V__Kingissepa_nim__kolhoos, lk 65
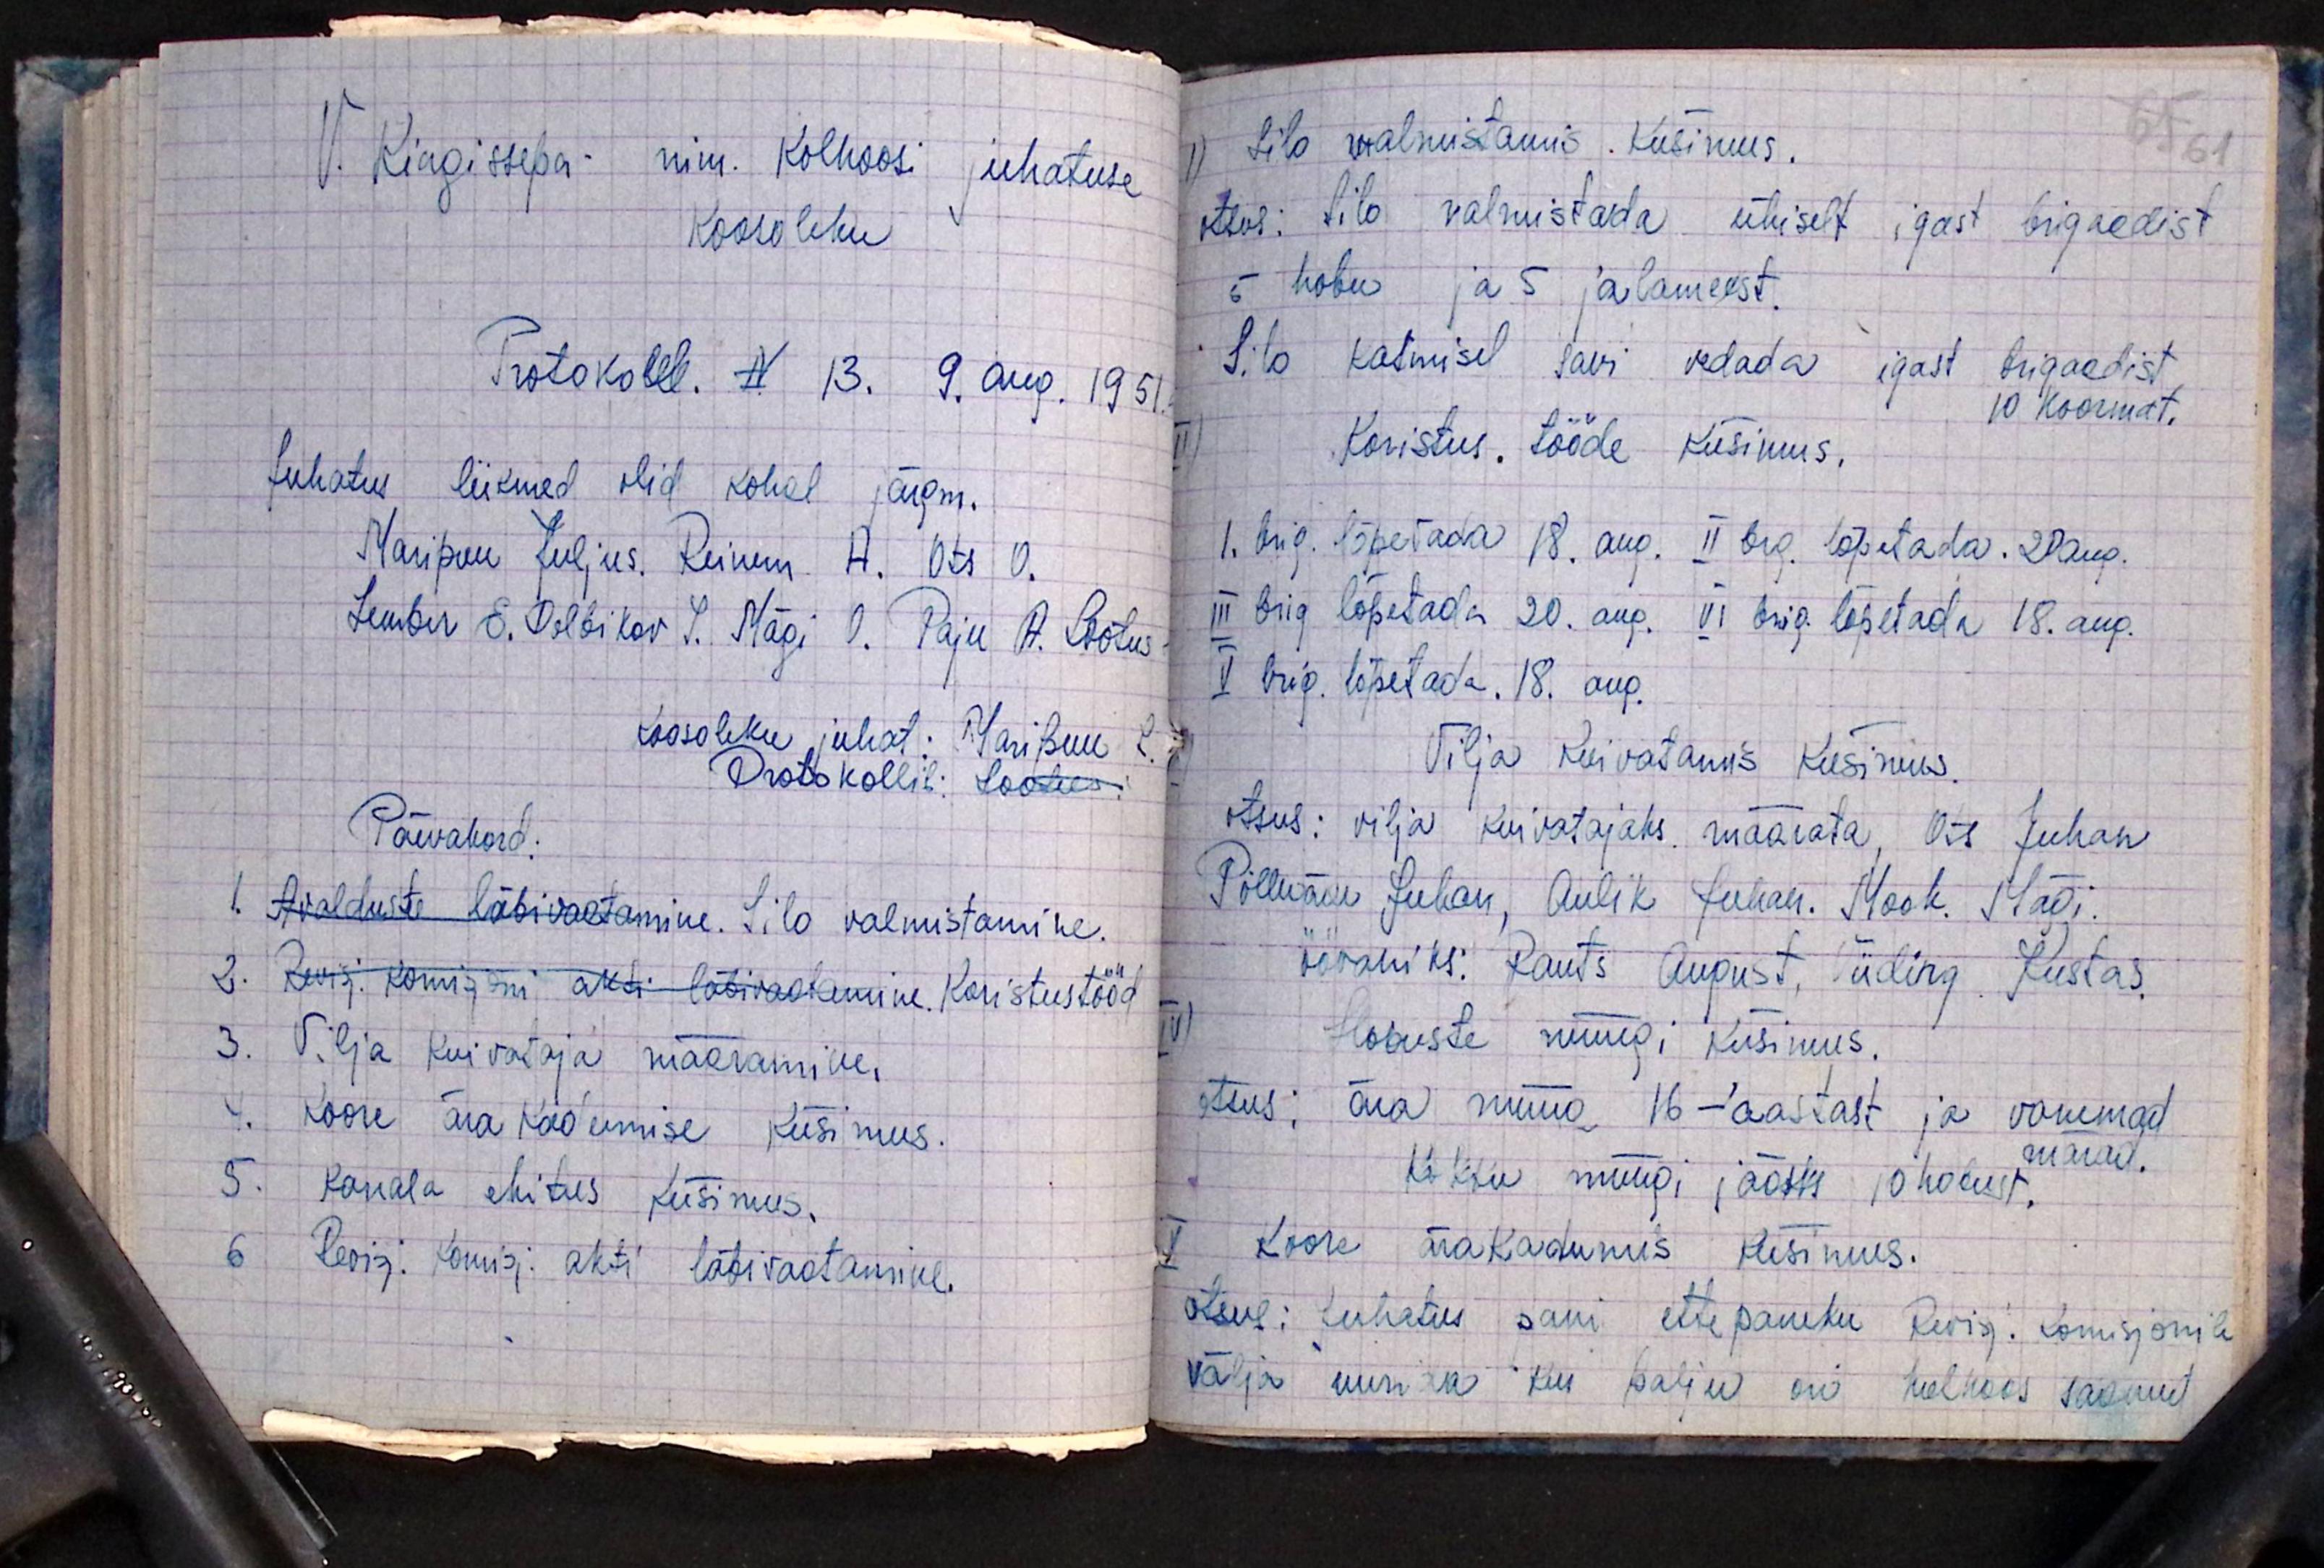
V. Kingissepa- nim. Kolhoosi juhatuse
Koosoleku
Protokoll. N 13. 9. aug. 1951
Juhatus liikmed olid kohal järgm.
Maripuu Julius. Reinem. A. Ots O.
Lember E. Delbikov I. Mägi O. Paju A. Lootus
koosoleku juhata Maribuu L.
Protokollib: Lootus
Päevakord:
1. Avalduste läbivaatamine. Silo valmistamine.
3. Revis; komisjoni akti läbivaatamine. Koristustööd
3. Vilja kuivataja määramine,
4. Koore ära kadumise küsimus.
5. Kanala ehitus küsimus.
6 Revisj. komisj. akti läbivaatamine.

1) Silo walmistamis. Küsimus.
65 61
Otsus: Silo valmistada ühiselt igast brigaadist
5 hobu ja 5 jalameest.
Silo katmisel Savi vedada igast brigaadist
10 koormat.
II) Koristus. tööde küsimus.
I. brig. lõpetada 18. aug. II brg. lõpetada. 20 aug.
III brig lõpetada 20. aug. VI brig. läpetada 18. aug.
V brig. lõpetada, 18. aug.
Vilja kuivatamis küsimus.
otsus: vilja kuivatajaks määrata Ots Juhan
Põlluaru Juhan, Aulik Juhan. Mook. Mägi.
öövahiks: Pauts August, Viiding. Kustas.
IV) Hobuste müügi küsimus.
otsus: ära müüa 16 - aastast ja vanemad
märad.
kokku müügi jaoks 10 hobust,
V Koore ära kadumis küsimus.
otsus: Juhatus pani ettepaneku Revisj. Komisjonile
välja uurida kui palju on kolhoos saanud